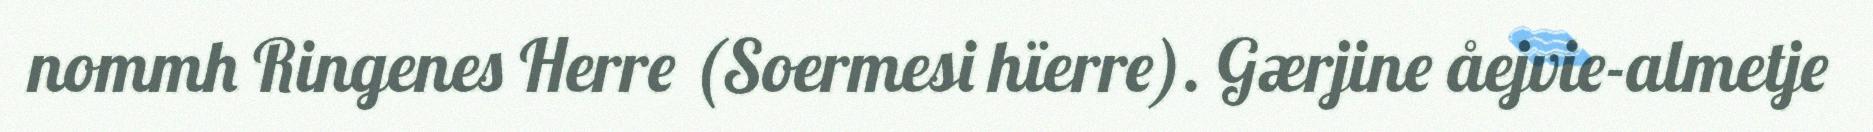
nommh Ringenes Herre (Soermesi hïerre). Gærjine åejvie-almetje